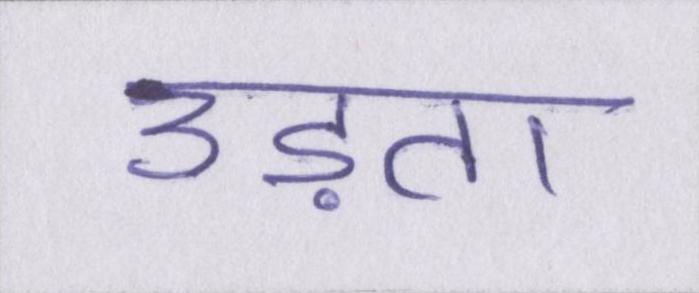
उड़ता